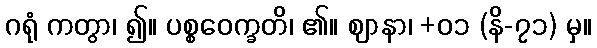
ဂရုံ ကတွာ၊ ၍။ ပစ္စဝေက္ခတိ၊ ၏။ ဈာနာ၊ +၀၁ (နိ-၇၁) မှ။